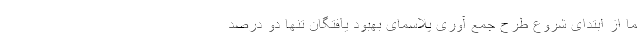
ما از ابتدای شروع طرح جمع آوری پلاسمای بهبود یافتگان تنها دو درصد